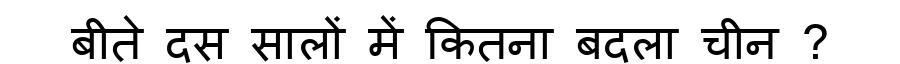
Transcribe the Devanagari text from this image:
बीते दस सालों में कितना बदला चीन ?